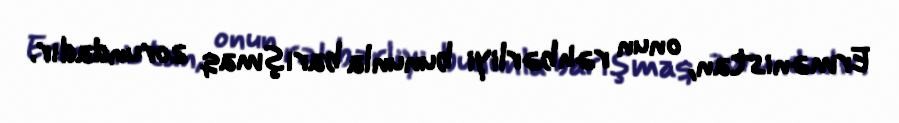
Ermənistan, onun rəhbərliyi bununla barışmaq zorundadır.